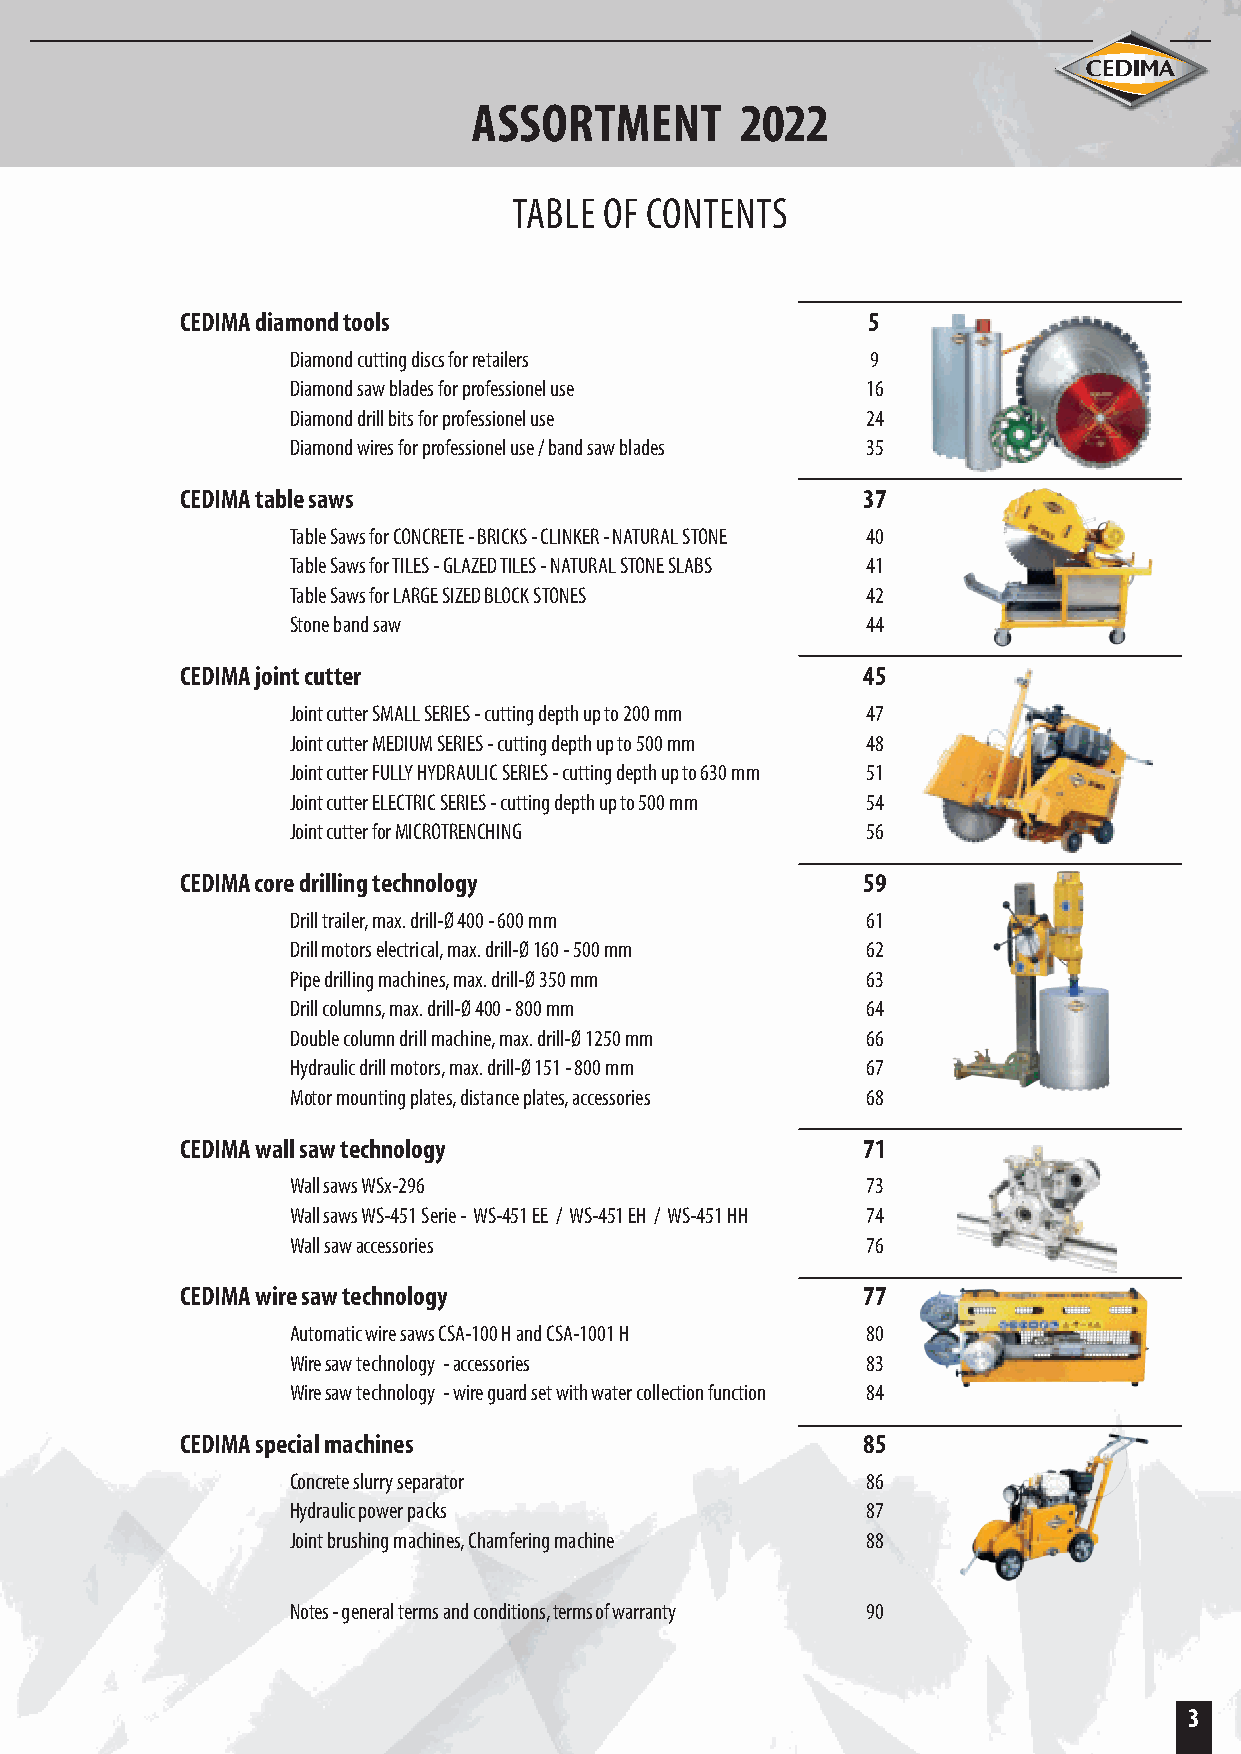
ASSORTMENT        2022
 TABLE OF CONTENTS
 CEDIMA diamond tools                         5
 Diamond cutting discs for retailers    9
 Diamond saw blades for professionel use 16
 Diamond drill bits for professionel use 24
 Diamond wires for professionel use / band saw blades 35
 CEDIMA table saws                            37
 Table Saws for CONCRETE - BRICKS - CLINKER - NATURAL STONE 40
 Table Saws for TILES - GLAZED TILES - NATURAL STONE SLABS 41
 Table Saws for LARGE SIZED BLOCK STONES 42
 Stone band saw                        44
 CEDIMA joint cutter                          45
 Joint cutter SMALL SERIES - cutting depth up to 200 mm 47
 Joint cutter MEDIUM SERIES - cutting depth up to 500 mm 48
 Joint cutter FULLY HYDRAULIC SERIES - cutting depth up to 630 mm 51
 Joint cutter ELECTRIC SERIES - cutting depth up to 500 mm 54
 Joint cutter for MICROTRENCHING       56
 CEDIMA core drilling technology              59
 Drill trailer, max. drill-Ø 400 - 600 mm 61
 Drill motors electrical, max. drill-Ø 160 - 500 mm 62
 Pipe drilling machines, max. drill-Ø 350 mm 63
 Drill columns, max. drill-Ø 400 - 800 mm 64
 Double column drill machine, max. drill-Ø 1250 mm 66
 Hydraulic drill motors, max. drill-Ø 151 - 800 mm 67
 Motor mounting plates, distance plates, accessories 68
 CEDIMA wall saw technology                   71
 Wall saws WSx-296                     73
 Wall saws WS-451 Serie - WS-451 EE / WS-451 EH / WS-451 HH 74
 Wall saw accessories                  76
 CEDIMA wire saw technology                   77
 Automatic wire saws CSA-100 H and CSA-1001 H 80
 Wire saw technology - accessories     83
 Wire saw technology - wire guard set with water collection function 84
 CEDIMA special machines                      85
 Concrete slurry separator             86
 Hydraulic power packs                 87
 Joint brushing machines, Chamfering machine 88
 Notes - general terms and conditions, terms of warranty 90
 3